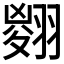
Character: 𦑨